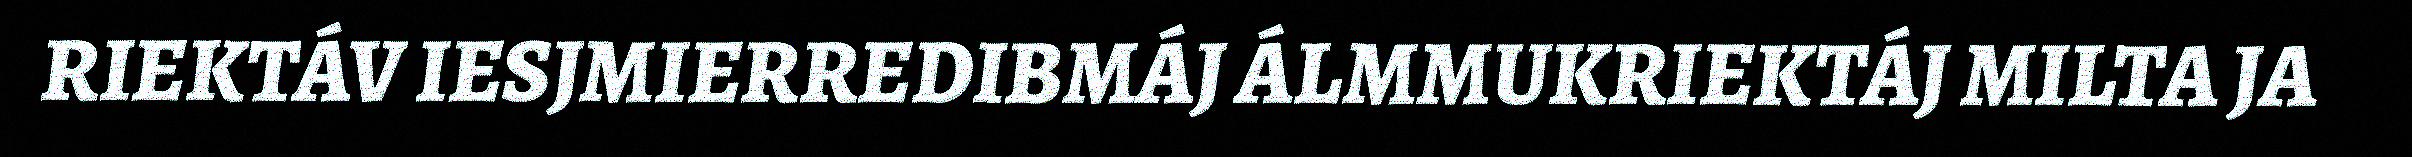
RIEKTÁV IESJMIERREDIBMÁJ ÁLMMUKRIEKTÁJ MILTA JA